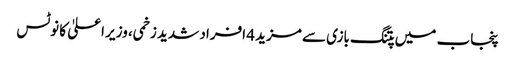
پنجاب میں پتنگ بازی سے مزید 4 افراد شدید زخمی، وزیر اعلیٰ کا نوٹس